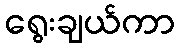
ရွေးချယ်ကာ